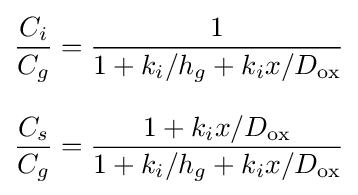
{\begin{aligned}{\frac {C_{i}}{C_{g}}}&={\frac {1}{1+k_{i}/h_{g}+k_{i}x/D_{\text{ox}}}}\\[8pt]{\frac {C_{s}}{C_{g}}}&={\frac {1+k_{i}x/D_{\text{ox}}}{1+k_{i}/h_{g}+k_{i}x/D_{\text{ox}}}}\end{aligned}}